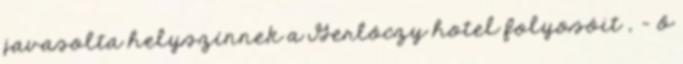
javasolta helyszínnek a Gerlóczy hotel folyosóit , - ő